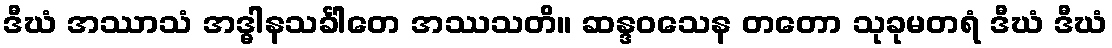
ဒီဃံ အဿာသံ အဒ္ဓါနသင်္ခါတေ အဿသတိ။ ဆန္ဒဝသေန တတော သုခုမတရံ ဒီဃံ ဒီဃံ